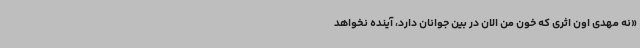
«نه مهدی اون اثری که خون من الان در بین جوانان دارد، آینده نخواهد